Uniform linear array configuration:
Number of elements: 8
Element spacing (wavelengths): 0.75
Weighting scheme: cosine
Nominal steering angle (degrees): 0
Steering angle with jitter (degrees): -1.827
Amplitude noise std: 0.05
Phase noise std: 0.05

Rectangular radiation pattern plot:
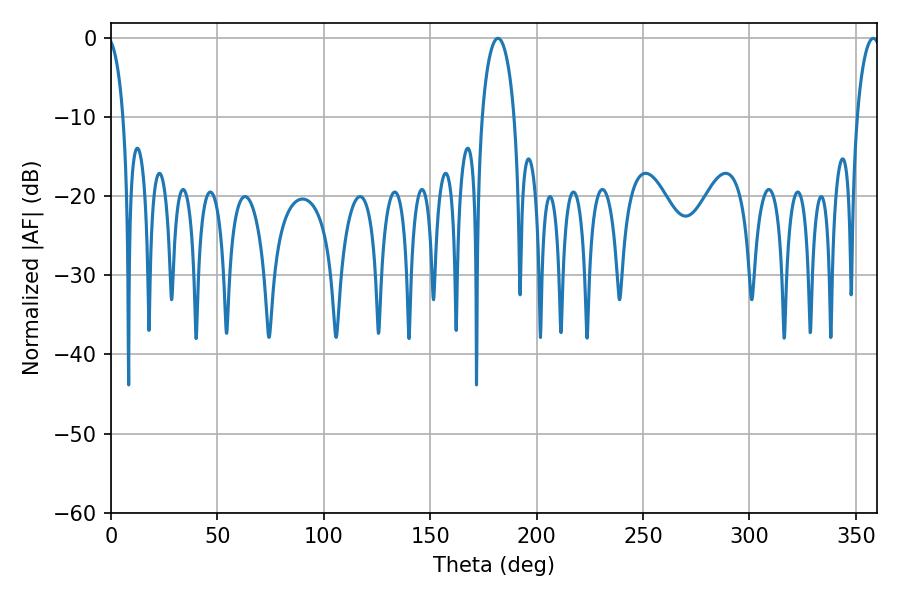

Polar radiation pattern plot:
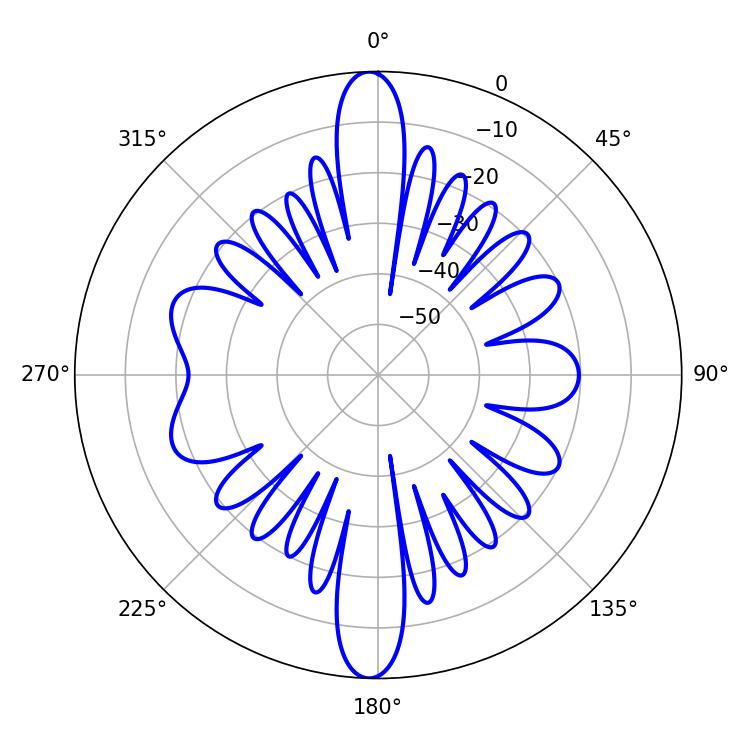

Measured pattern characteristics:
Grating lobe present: TRUE
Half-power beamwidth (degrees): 8.64
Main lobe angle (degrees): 181.8